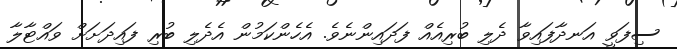
ސިފަވީ އަނދާފައިވާ ދެލި ބުރިއެއް ފަދައިންނެވެ. އެހެންކަމުން އެދެލި ބުރި ފައިދަށަށް ވައްޓާލާ